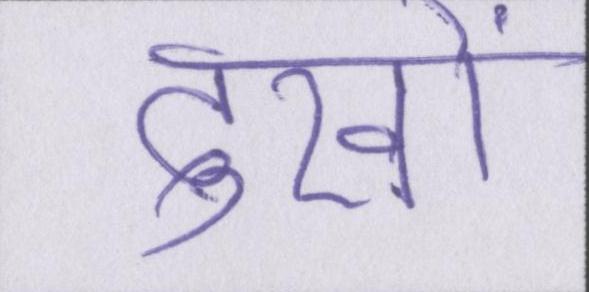
दुखों